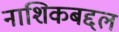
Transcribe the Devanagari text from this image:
नाशिकबद्दल